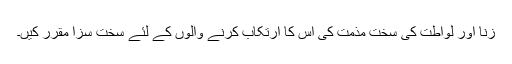
زنا اور لواطت کی سخت مذمت کی اس کا ارتکاب کرنے والوں کے لئے سخت سزا مقرر کیں۔